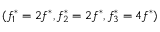
( f _ { 1 } ^ { * } = 2 f ^ { * } , f _ { 2 } ^ { * } = 2 f ^ { * } , f _ { 3 } ^ { * } = 4 f ^ { * } )